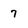
Character: 7